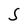
Character: S